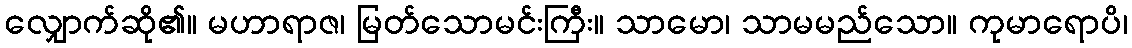
လျှောက်ဆို၏။ မဟာရာဇ၊ မြတ်သောမင်းကြီး။ သာမော၊ သာမမည်သော။ ကုမာရောပိ၊